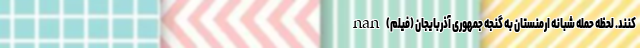
کنند. لحظه حمله شبانه ارمنستان به گنجه جمهوری آذربایجان (فیلم) nan